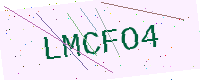
Text: LMCFO4